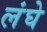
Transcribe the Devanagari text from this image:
लंघे